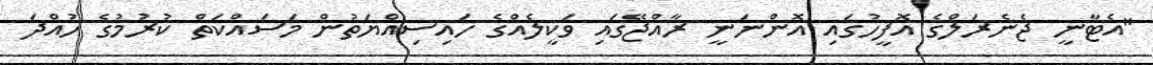
"އެޓާނީ ޖެނެރަލްގެ އޮފީހުގައި އޮންނަނީ ރާއްޖޭގައި ވަކީލެއްގެ ހައިސިއްޔަތުން މަސައްކަތް ކުރުމުގެ ހުއްދަ